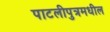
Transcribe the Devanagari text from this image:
पाटलीपुत्रमधील